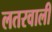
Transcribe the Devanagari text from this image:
लतरवाली